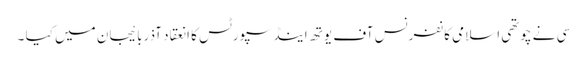
سی نے چوتھی اسلامی کانفرنس آف یوتھ اینڈ سپورٹس کا انعقاد آذربائیجان میں کیا ۔